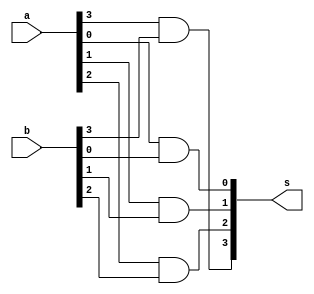
//ARQ1 - Eduardo Botelho de Andrade - Guia03

module rand (output [3:0] s,
             input  [3:0] a,
             input  [3:0] b);

 and and1 (s[0],a[0],b[0]);
 and and2 (s[1],a[1],b[1]);
 and and3 (s[2],a[2],b[2]);
 and and4 (s[3],a[3],b[3]);

endmodule 

module ror (output [3:0] s,
            input [3:0] a,
            input [3:0] b);
            
 or or1 (s[0],a[0],b[0]);
 or or2 (s[1],a[1],b[1]);
 or or3 (s[2],a[2],b[2]);
 or or4 (s[3],a[3],b[3]);

endmodule

module rnand (output [3:0] s,
             input  [3:0] a,
             input  [3:0] b);

 nand nand1 (s[0],a[0],b[0]);
 nand nand2 (s[1],a[1],b[1]);
 nand nand3 (s[2],a[2],b[2]);
 nand nand4 (s[3],a[3],b[3]);
 
endmodule

module rnor (output [3:0] s,
            input [3:0] a,
            input [3:0] b);
            
 nor nor1 (s[0],a[0],b[0]);
 nor nor2 (s[1],a[1],b[1]);
 nor nor3 (s[2],a[2],b[2]);
 nor nor4 (s[3],a[3],b[3]);

endmodule

module rnot (output [3:0] s,
             input [3:0] a);

 assign s = ~a;

endmodule

module f4 (output [3:0] s,
           input [3:0] chave, //definida apenas por 0000 ou 0001
           input [3:0] grupo, //definida da mesma forma que a chave
           input [3:0] a,
           input [3:0] b);

 wire [3:0] w1;
 wire [3:0] w2;
 wire [3:0] w3;
 wire [3:0] w4;
 wire [3:0] w5;
 wire [3:0] w6;
 wire [3:0] w7;
 wire [3:0] w8;
 wire [3:0] w9;
 wire [3:0] w10;
 wire [3:0] w11;
 wire [3:0] w12;
 wire [3:0] w13;
 wire [3:0] w14;

 //parte de cima
 rand and1 (w1,a,b);
 ror or1 (w2,a,b);

 //seletor chave
 rnot not1 (w3,chave);

 //parte de baixo
 rnand nand1 (w4,a,b);
 rnor nor1 (w5,a,b);

 //mux1
 rand and2 (w6,w1,chave);
 rand and3 (w7,w2,w3);
 rand and4 (w8,w4,w3);
 rand and5 (w9,w5,chave);

 //saidas mux1
 ror or2 (w10,w6,w7);
 ror or3 (w11,w8,w9);

 //mux2
 rnot not2 (w12,grupo);
 rand and6 (w13,w10,grupo);
 rand and7 (w14,w11,w12);
 
 //saida
 ror or4 (s,w13,w14);

endmodule

module test_f4;
       reg  [3:0] x;
       reg  [3:0] y;
       reg  [3:0] grupo;
       reg  [3:0] chave;
       wire [3:0] z;

       f4 modulo (z,chave,grupo,x,y);


   initial begin
      $display("Eduardo Botelho de Andrade - 427395");
      $display("Test LU's module");
      $display("Chave: 0 = OR / 1 = AND");
      $monitor("x = %b , y = %b , s = %b     - chave = %b , grupo = %b",x,y,z,chave,grupo);

      #1 x = 4'b0000; y = 4'b0000; chave = 4'b0000; grupo = 4'b0000;
      #1 y = 4'b0001;
      #1 y = 4'b0010;
      #1 y = 4'b0011;
      #1 y = 4'b0100;
      #1 y = 4'b0101;
      #1 y = 4'b0110;
      #1 y = 4'b0111;
      #1 y = 4'b1000;
      #1 y = 4'b1001;
      #1 y = 4'b1010;
      #1 y = 4'b1011;
      #1 y = 4'b1100;
      #1 y = 4'b1101;
      #1 y = 4'b1111;

      #1 x = 4'b0001;
      #1 y = 4'b0000;
      #1 y = 4'b0001;
      #1 y = 4'b0010;
      #1 y = 4'b0011;
      #1 y = 4'b0100;
      #1 y = 4'b0101;
      #1 y = 4'b0110;
      #1 y = 4'b0111;
      #1 y = 4'b1000;
      #1 y = 4'b1001;
      #1 y = 4'b1010;
      #1 y = 4'b1011;
      #1 y = 4'b1100;
      #1 y = 4'b1101;
      #1 y = 4'b1111;

      #1 x = 4'b0010;
      #1 y = 4'b0000;
      #1 y = 4'b0001;
      #1 y = 4'b0010;
      #1 y = 4'b0011;
      #1 y = 4'b0100;
      #1 y = 4'b0101;
      #1 y = 4'b0110;
      #1 y = 4'b0111;
      #1 y = 4'b1000;
      #1 y = 4'b1001;
      #1 y = 4'b1010;
      #1 y = 4'b1011;
      #1 y = 4'b1100;
      #1 y = 4'b1101;
      #1 y = 4'b1111;

      #1 x = 4'b0011;

      #1 y = 4'b0000;
      #1 y = 4'b0001;
      #1 y = 4'b0010;
      #1 y = 4'b0011;
      #1 y = 4'b0100;
      #1 y = 4'b0101;
      #1 y = 4'b0110;
      #1 y = 4'b0111;
      #1 y = 4'b1000;
      #1 y = 4'b1001;
      #1 y = 4'b1010;
      #1 y = 4'b1011;
      #1 y = 4'b1100;
      #1 y = 4'b1101;
      #1 y = 4'b1111;

      #1 x = 4'b0100;

      #1 y = 4'b0000;
      #1 y = 4'b0001;
      #1 y = 4'b0010;
      #1 y = 4'b0011;
      #1 y = 4'b0100;
      #1 y = 4'b0101;
      #1 y = 4'b0110;
      #1 y = 4'b0111;
      #1 y = 4'b1000;
      #1 y = 4'b1001;
      #1 y = 4'b1010;
      #1 y = 4'b1011;
      #1 y = 4'b1100;
      #1 y = 4'b1101;
      #1 y = 4'b1111;

      #1 x = 4'b0101;

      #1 y = 4'b0000;
      #1 y = 4'b0001;
      #1 y = 4'b0010;
      #1 y = 4'b0011;
      #1 y = 4'b0100;
      #1 y = 4'b0101;
      #1 y = 4'b0110;
      #1 y = 4'b0111;
      #1 y = 4'b1000;
      #1 y = 4'b1001;
      #1 y = 4'b1010;
      #1 y = 4'b1011;
      #1 y = 4'b1100;
      #1 y = 4'b1101;
      #1 y = 4'b1111;

      #1 x = 4'b0110;

      #1 y = 4'b0000;
      #1 y = 4'b0001;
      #1 y = 4'b0010;
      #1 y = 4'b0011;
      #1 y = 4'b0100;
      #1 y = 4'b0101;
      #1 y = 4'b0110;
      #1 y = 4'b0111;
      #1 y = 4'b1000;
      #1 y = 4'b1001;
      #1 y = 4'b1010;
      #1 y = 4'b1011;
      #1 y = 4'b1100;
      #1 y = 4'b1101;
      #1 y = 4'b1111;

      #1 x = 4'b0111;

      #1 y = 4'b0000;
      #1 y = 4'b0001;
      #1 y = 4'b0010;
      #1 y = 4'b0011;
      #1 y = 4'b0100;
      #1 y = 4'b0101;
      #1 y = 4'b0110;
      #1 y = 4'b0111;
      #1 y = 4'b1000;
      #1 y = 4'b1001;
      #1 y = 4'b1010;
      #1 y = 4'b1011;
      #1 y = 4'b1100;
      #1 y = 4'b1101;
      #1 y = 4'b1111;

      #1 x = 4'b1000;  chave = 4'b0001;

      #1 y = 4'b0000;
      #1 y = 4'b0001;
      #1 y = 4'b0010;
      #1 y = 4'b0011;
      #1 y = 4'b0100;
      #1 y = 4'b0101;
      #1 y = 4'b0110;
      #1 y = 4'b0111;
      #1 y = 4'b1000;
      #1 y = 4'b1001;
      #1 y = 4'b1010;
      #1 y = 4'b1011;
      #1 y = 4'b1100;
      #1 y = 4'b1101;
      #1 y = 4'b1111;
      
      #1 x = 4'b1001;

      #1 y = 4'b0000;
      #1 y = 4'b0001;
      #1 y = 4'b0010;
      #1 y = 4'b0011;
      #1 y = 4'b0100;
      #1 y = 4'b0101;
      #1 y = 4'b0110;
      #1 y = 4'b0111;
      #1 y = 4'b1000;
      #1 y = 4'b1001;
      #1 y = 4'b1010;
      #1 y = 4'b1011;
      #1 y = 4'b1100;
      #1 y = 4'b1101;
      #1 y = 4'b1111;
      
      #1 x = 4'b1010;

      #1 y = 4'b0000;
      #1 y = 4'b0001;
      #1 y = 4'b0010;
      #1 y = 4'b0011;
      #1 y = 4'b0100;
      #1 y = 4'b0101;
      #1 y = 4'b0110;
      #1 y = 4'b0111;
      #1 y = 4'b1000;
      #1 y = 4'b1001;
      #1 y = 4'b1010;
      #1 y = 4'b1011;
      #1 y = 4'b1100;
      #1 y = 4'b1101;
      #1 y = 4'b1111;
      
      #1 x = 4'b1011;

      #1 y = 4'b0000;
      #1 y = 4'b0001;
      #1 y = 4'b0010;
      #1 y = 4'b0011;
      #1 y = 4'b0100;
      #1 y = 4'b0101;
      #1 y = 4'b0110;
      #1 y = 4'b0111;
      #1 y = 4'b1000;
      #1 y = 4'b1001;
      #1 y = 4'b1010;
      #1 y = 4'b1011;
      #1 y = 4'b1100;
      #1 y = 4'b1101;
      #1 y = 4'b1111;
      
      #1 x = 4'b1100;

      #1 y = 4'b0000;
      #1 y = 4'b0001;
      #1 y = 4'b0010;
      #1 y = 4'b0011;
      #1 y = 4'b0100;
      #1 y = 4'b0101;
      #1 y = 4'b0110;
      #1 y = 4'b0111;
      #1 y = 4'b1000;
      #1 y = 4'b1001;
      #1 y = 4'b1010;
      #1 y = 4'b1011;
      #1 y = 4'b1100;
      #1 y = 4'b1101;
      #1 y = 4'b1111;

      #1 x=4'b1101;

      #1 y = 4'b0000;
      #1 y = 4'b0001;
      #1 y = 4'b0010;
      #1 y = 4'b0011;
      #1 y = 4'b0100;
      #1 y = 4'b0101;
      #1 y = 4'b0110;
      #1 y = 4'b0111;
      #1 y = 4'b1000;
      #1 y = 4'b1001;
      #1 y = 4'b1010;
      #1 y = 4'b1011;
      #1 y = 4'b1100;
      #1 y = 4'b1101;
      #1 y = 4'b1111;

      #1 x=4'b1110;

      #1 y = 4'b0000;
      #1 y = 4'b0001;
      #1 y = 4'b0010;
      #1 y = 4'b0011;
      #1 y = 4'b0100;
      #1 y = 4'b0101;
      #1 y = 4'b0110;
      #1 y = 4'b0111;
      #1 y = 4'b1000;
      #1 y = 4'b1001;
      #1 y = 4'b1010;
      #1 y = 4'b1011;
      #1 y = 4'b1100;
      #1 y = 4'b1101;
      #1 y = 4'b1111;

      #1 x=4'b1111;

      #1 y = 4'b0000;
      #1 y = 4'b0001;
      #1 y = 4'b0010;
      #1 y = 4'b0011;
      #1 y = 4'b0100;
      #1 y = 4'b0101;
      #1 y = 4'b0110;
      #1 y = 4'b0111;
      #1 y = 4'b1000;
      #1 y = 4'b1001;
      #1 y = 4'b1010;
      #1 y = 4'b1011;
      #1 y = 4'b1100;
      #1 y = 4'b1101;
      #1 y = 4'b1111;

   end

endmodule // test_f4